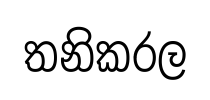
තනිකරල